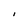
Character: I